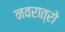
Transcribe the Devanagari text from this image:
नवरात्रो